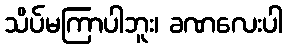
သိပ်မကြာပါဘူး၊ ခဏလေးပါ